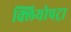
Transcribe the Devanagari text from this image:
क्लियोपट्रा